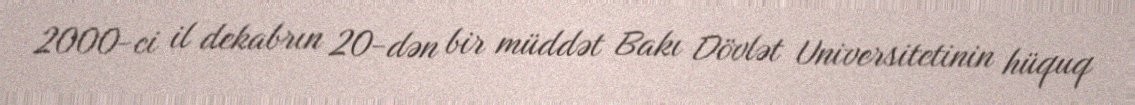
2000-ci il dekabrın 20-dən bir müddət Bakı Dövlət Universitetinin hüquq